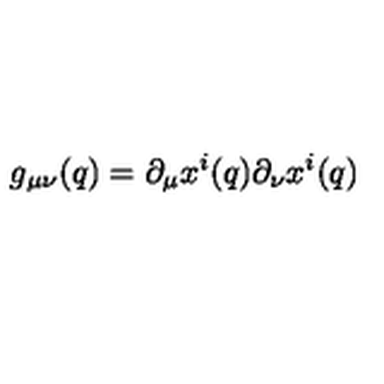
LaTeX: g _ { \mu \nu } ( q ) = \partial _ { \mu } x ^ { i } ( q ) \partial _ { \nu } x ^ { i } ( q )